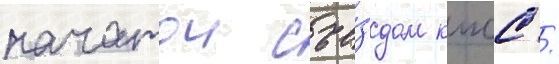
начатои съе́здом кпсс /